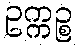
ဥက္ကဉ္စ